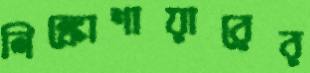
লিঙ্কোশায়ারের